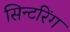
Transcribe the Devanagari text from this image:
सिन्टरिंग